Circular to Secondary Education Committee, 1906
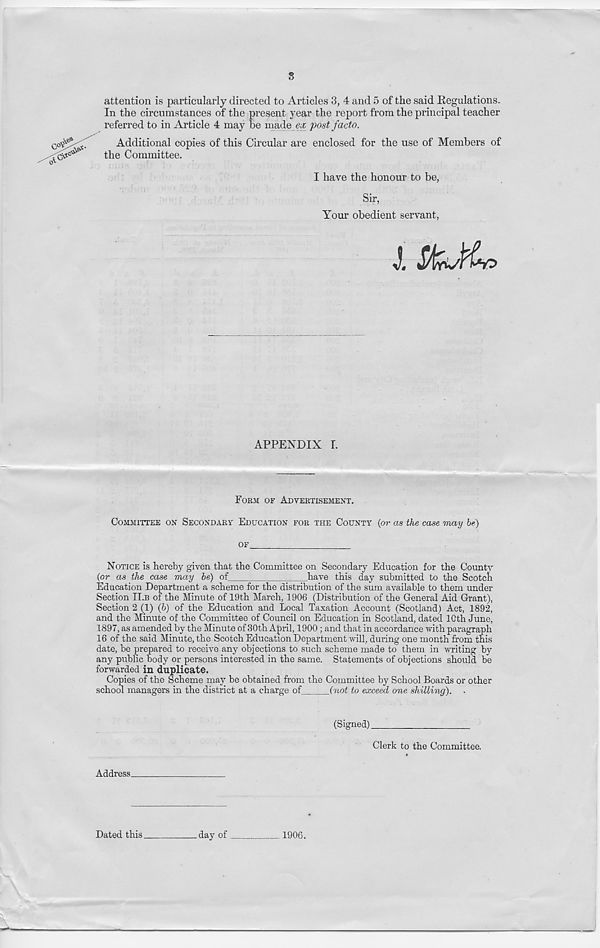
attention is particularly directed to Articles 3, 4 and 5 of the said Regulations.
In the circumstances of the present year the report from the principal teacher
referred to in Article 4 may be made ex post facto.
Additional copies of this Circular are enclosed for the use of Members of
the Committee.
I have the honour to be,
Sir,
Your obedient servant,
APPENDIX I.
FORM OF ADVERTISEMENT.
COMMITTEE ON SECONDARY EDUCATION FOR THE COUNTY (or as the case may be)
OF
NOTICE is hereby given that the Committee on Secondary Education for the Conn tv
(or as the case may be) of
have this day submitted to the Scotch
Education Department a scheme for the distribution of the sum available to them under
Section II.B of the Minute of 19th March, 1906 (Distribution of the General Aid Grant),
Section 2 (1) (6) of the Education and Local Taxation Account (Scotland) Act, 1892,
and the Minute of the Committee of Council on Education in Scotland, dated 10th June,
1897, as amended by the Minute of 30th April, 1900 ; and that in accordance with paragraph
16 of the said Minute, the Scotch Education Department will, during one month from this
date, be prepared to receive any objections to such scheme made to them in writing by
any public body or persons interested in the same. Statements of objections should be
forwarded in duplicate.
Copies of the Scheme may be obtained from the Committee by School Boards or other
school managers in the district at a charge of
(not to exceed one shilling).
(Signed)
Clerk to the Committee.
Address.
Dated this
day of
1906.